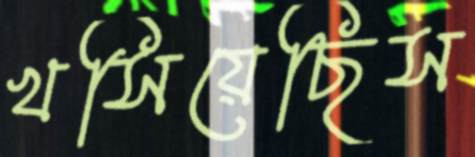
খসিয়েছিস